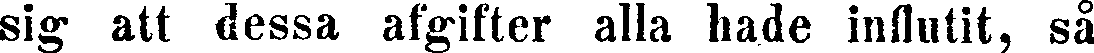
sig att dessa afgifter alla hade influtit, så